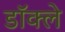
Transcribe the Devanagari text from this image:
डॉक्ले